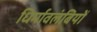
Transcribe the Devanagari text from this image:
धिर्मावलंबियों